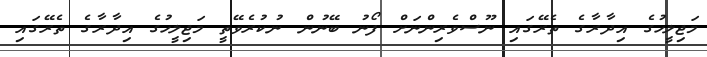
މަޖިލީހުގެ އިދާރާގެ ތެރޭގައި ނޫސްވެރިންނަށް ފޯނު ބޭނުން ނުކުރެވޭތީ މަޖިލީހުގެ އިދާރާގެ ތެރޭގައި